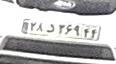
۲۸د۳۶۹۴۴